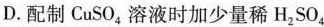
D.配制CuSO_{4}溶液时加少量稀H_{2}SO_{4}